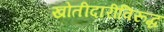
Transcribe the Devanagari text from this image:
खोतीदारीविरूद्ध